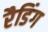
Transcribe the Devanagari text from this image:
रैडिंग